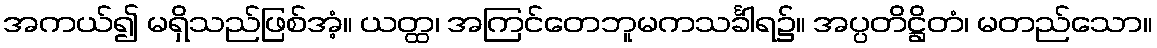
အကယ်၍ မရှိသည်ဖြစ်အံ့။ ယတ္ထ၊ အကြင်တေဘူမကသင်္ခါရ၌။ အပ္ပတိဋ္ဌိတံ၊ မတည်သော။